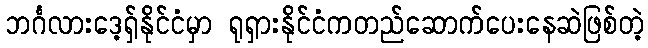
ဘင်္ဂလားဒေ့ရှ်နိုင်ငံမှာ ရုရှားနိုင်ငံကတည်ဆောက်ပေးနေဆဲဖြစ်တဲ့